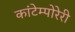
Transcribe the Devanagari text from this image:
कांटेम्पोरेरी